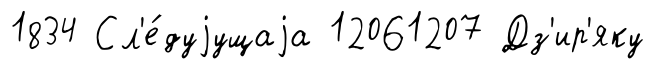
1834 Сл'е́дуjущаjа 12061207 Дз'ир'яку